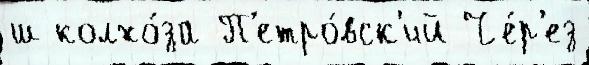
ш колхо́за П'етро́вск'ий Че́р'ез